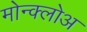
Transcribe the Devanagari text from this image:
मोन्क्लोअ